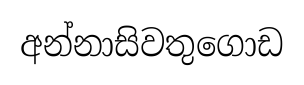
අන්නාසිවතුගොඩ